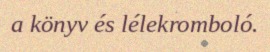
a könyv és lélekromboló.